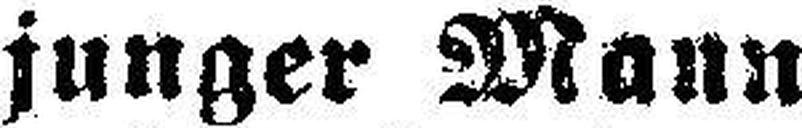
junger Mann